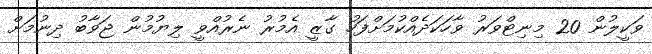
ވަކީލުން 20 މިނިޓްވަރު ވާހަކަދެއްކުމަށްފަހު ގާޒީ އެމުރު ނެރުއްވީ ލިޔުމުން ޖަވާބު ދިނުމަށް